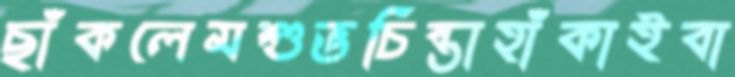
ছাঁকলেমশুভচিন্তাহাঁকাইবা